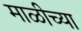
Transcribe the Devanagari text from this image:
माळीच्या